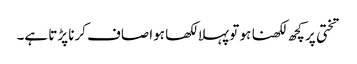
تختی پر کچھ لکھنا ہو تو پہلا لکھا ہوا صاف کرنا پڑتا ہے۔